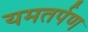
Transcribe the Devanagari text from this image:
यमतर्पण